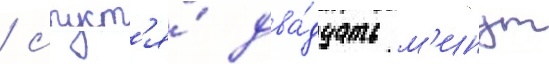
/ спуст'я́ два́дцать м'инут